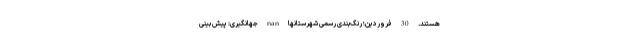
هستند. 30 فروردین؛ رنگ‌بندی رسمی شهرستانها nan جهانگیری: پیش بینی